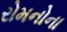
રોમનોના